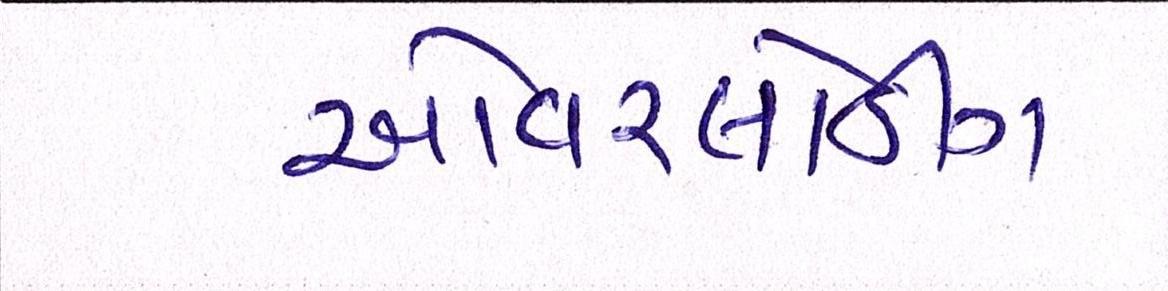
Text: ઓવરલોડીંગ